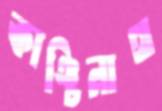
কাঞ্চিনাথ